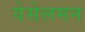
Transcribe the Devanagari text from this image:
वेसेलमन